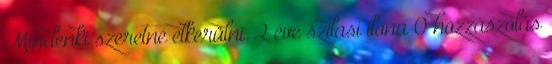
Mindenki szeretné elkerülni. 2 éve szilasi ilona 0 hozzászólás